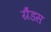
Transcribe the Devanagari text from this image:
ग्रैंडस